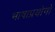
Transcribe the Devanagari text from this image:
भाषाप्रयोगों